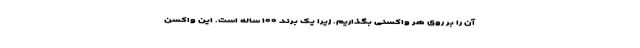
آن را بر روی هر واکسنی بگذاریم. زیرا یک برند ۱۰۰ ساله است. این واکسن